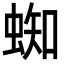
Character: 蜘